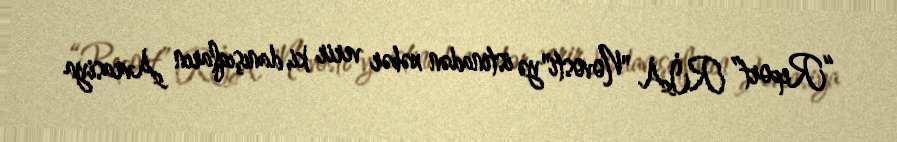
“Report” RİA "Novosti"yə istinadən xəbər verir ki, danışıqların Avrasiya